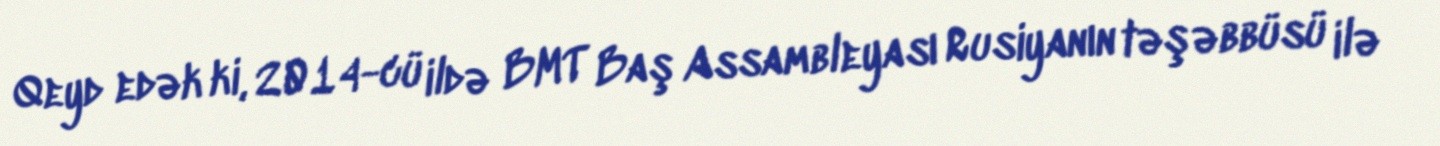
Qeyd edək ki, 2014-cü ildə BMT Baş Assambleyası Rusiyanın təşəbbüsü ilə